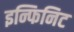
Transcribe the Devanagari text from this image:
इन्फिनिट